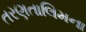
તરણતાલિમના